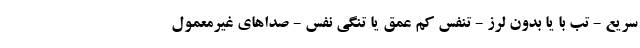
سریع - تب با یا بدون لرز - تنفس کم عمق یا تنگی نفس - صداهای غیرمعمول